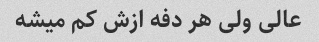
عالی ولی هر دفه ازش کم میشه